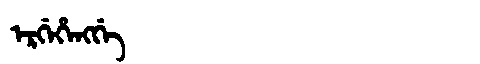
Manchu: ᡝᡵᡤᡝᡥᡝᠩᡤᡝ
Romanization: ERGEHENGGE